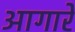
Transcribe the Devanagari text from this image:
आगारे